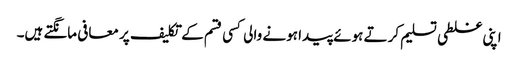
اپنی غلطی تسلیم کرتے ہوئے پیدا ہونے والی کسی قسم کے تکلیف پر معافی مانگتے ہیں۔